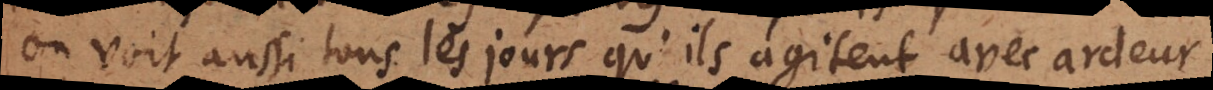
on voit aussi tous les jours qu’ils agitent avec ardeur